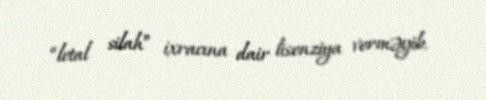
“letal silah” ixracına dair lisenziya verməyib.